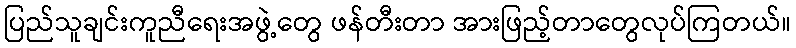
ပြည်သူချင်းကူညီရေးအဖွဲ့တွေ ဖန်တီးတာ အားဖြည့်တာတွေလုပ်ကြတယ်။